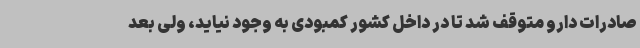
صادرات دارو متوقف شد تا در داخل کشور کمبودی به وجود نیاید، ولی بعد